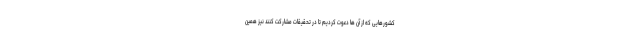
کشورهایی که از آن ها دعوت کردیم تا در تحقیقات مشارکت کنند نیز همین